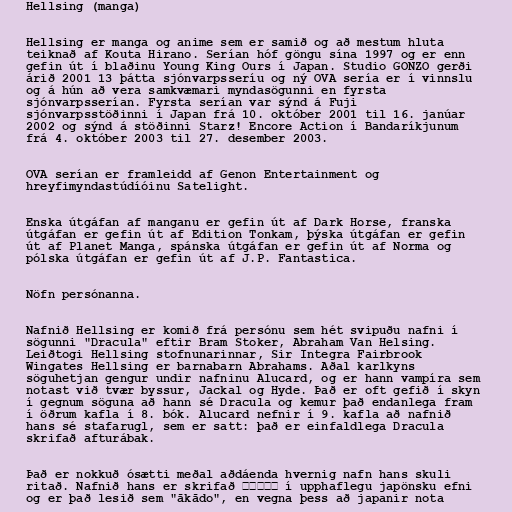
Hellsing (manga)

Hellsing er manga og anime sem er samið og að mestum hluta
teiknað af Kouta Hirano. Serían hóf göngu sína 1997 og er enn
gefin út í blaðinu Young King Ours í Japan. Studio GONZO gerði
árið 2001 13 þátta sjónvarpsseríu og ný OVA sería er í vinnslu
og á hún að vera samkvæmari myndasögunni en fyrsta
sjónvarpsserían. Fyrsta serían var sýnd á Fuji
sjónvarpsstöðinni í Japan frá 10. október 2001 til 16. janúar
2002 og sýnd á stöðinni Starz! Encore Action í Bandaríkjunum
frá 4. október 2003 til 27. desember 2003.

OVA serían er framleidd af Genon Entertainment og
hreyfimyndastúdíóinu Satelight.

Enska útgáfan af manganu er gefin út af Dark Horse, franska
útgáfan er gefin út af Edition Tonkam, þýska útgáfan er gefin
út af Planet Manga, spánska útgáfan er gefin út af Norma og
pólska útgáfan er gefin út af J.P. Fantastica.

Nöfn persónanna.

Nafnið Hellsing er komið frá persónu sem hét svipuðu nafni í
sögunni "Dracula" eftir Bram Stoker, Abraham Van Helsing.
Leiðtogi Hellsing stofnunarinnar, Sir Integra Fairbrook
Wingates Hellsing er barnabarn Abrahams. Aðal karlkyns
söguhetjan gengur undir nafninu Alucard, og er hann vampíra sem
notast við tvær byssur, Jackal og Hyde. Það er oft gefið í skyn
í gegnum söguna að hann sé Dracula og kemur það endanlega fram
í öðrum kafla í 8. bók. Alucard nefnir í 9. kafla að nafnið
hans sé stafarugl, sem er satt: það er einfaldlega Dracula
skrifað afturábak.

Það er nokkuð ósætti meðal aðdáenda hvernig nafn hans skuli
ritað. Nafnið hans er skrifað アーカード í upphaflegu japönsku efni
og er það lesið sem "ākādo", en vegna þess að japanir nota